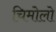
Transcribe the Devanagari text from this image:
चिमोलो